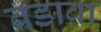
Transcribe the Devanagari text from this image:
बडावा